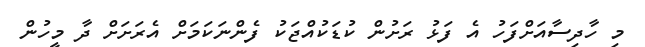
މި ހާދިސާއަށްފަހު އެ ފަޅު ރަށުން ކުޑަކުއްޖަކު ފެންނަކަމަށް އެރަށަށް ދާ މީހުން